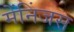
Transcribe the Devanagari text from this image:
मेंनिंजस